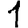
Digit: 1